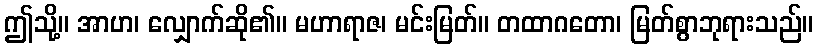
ဤသို့။ အာဟ၊ လျှောက်ဆို၏။ မဟာရာဇ၊ မင်းမြတ်။ တထာဂတော၊ မြတ်စွာဘုရားသည်။